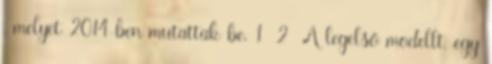
, melyet 2014-ben mutattak be. 1 2 A legelső modellt, egy